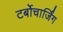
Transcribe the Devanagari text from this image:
टर्बोचार्जिंग